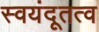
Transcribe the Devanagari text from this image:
स्वयंदूतत्व